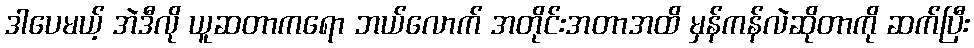
ဒါပေမယ့် အဲဒီလို ယူဆတာကရော ဘယ်လောက် အတိုင်းအတာအထိ မှန်ကန်လဲဆိုတာကို ဆက်ပြီး